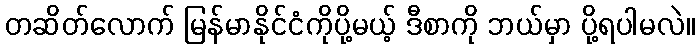
တဆိတ်လောက် မြန်မာနိုင်ငံကိုပို့မယ့် ဒီစာကို ဘယ်မှာ ပို့ရပါမလဲ။